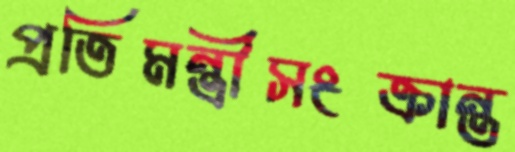
প্রতিমন্ত্রীসংক্রান্ত